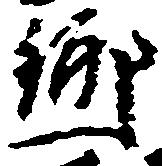
郷